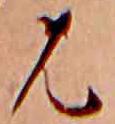
は